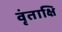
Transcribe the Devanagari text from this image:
वृंताक्षि